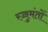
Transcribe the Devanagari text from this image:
रज्जुमंतों